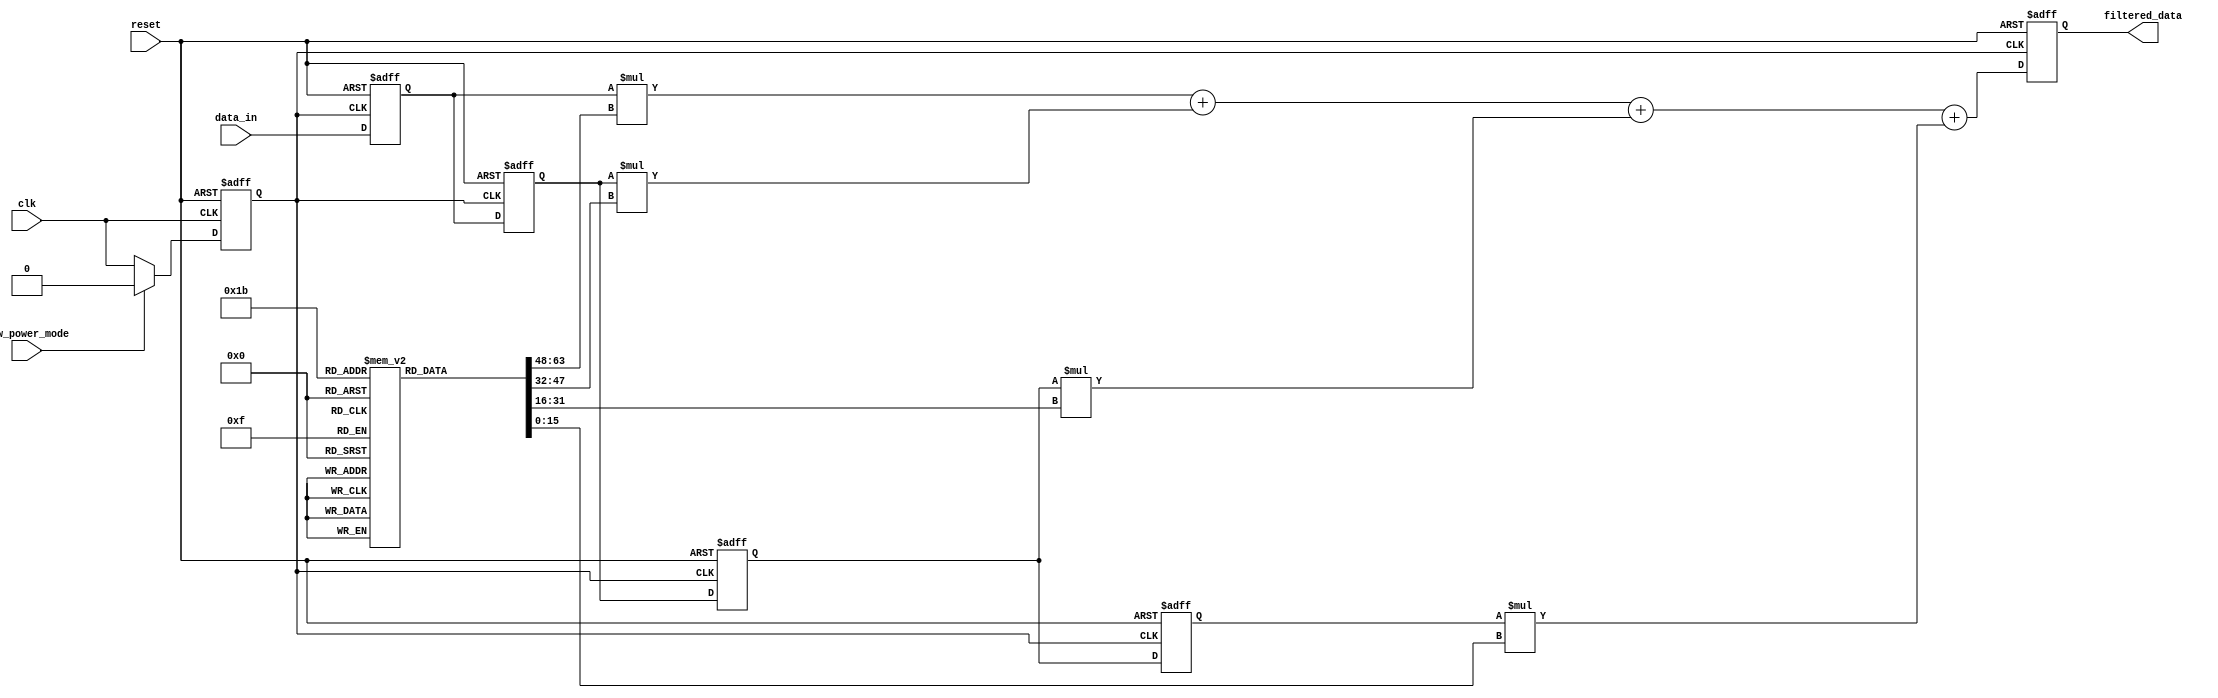
module cl_fir(
    input clk,
    input reset,
    input signed [15:0] data_in,
    output reg signed [15:0] filtered_data,
    input low_power_mode   // input to signal when to simulate low power mode
);

integer i;

// Define the filter coefficients (example coefficients)
reg signed [15:0] coefficients [0:3];
initial begin
    coefficients[0] = 16'h1000;
    coefficients[1] = 16'h2000;
    coefficients[2] = 16'h3000;
    coefficients[3] = 16'h1000;
end

// Internal registers for storing delayed input samples
reg signed [15:0] delay_line [0:3];

// Clock gating logic
reg gated_clk;
always @(posedge clk or posedge reset) begin
    if (reset) 
        gated_clk <= 0;
    else if (!low_power_mode)
        gated_clk <= clk;  // Pass the actual clock when not in low power mode
    else 
        gated_clk <= 0;    // Block the clock in low power mode
end

// Combinational logic for filter operation
reg [2:0] delay_counter = 0;  // 3-bit counter for example, giving 8 possible values

always @(posedge gated_clk or posedge reset) begin
    if (reset) begin
        for (i = 0; i < 4; i = i + 1) begin
            delay_line[i] <= 0;
        end
        filtered_data <= 0;
        delay_counter <= 0; // Reset counter during reset
    end 
    else begin  
        for (i = 3; i > 0; i = i - 1) begin
            delay_line[i] <= delay_line[i - 1];
        end
        delay_line[0] <= data_in;

        filtered_data <= delay_line[0] * coefficients[0] +
                         delay_line[1] * coefficients[1] +
                         delay_line[2] * coefficients[2] +
                         delay_line[3] * coefficients[3];
    end
end

endmodule